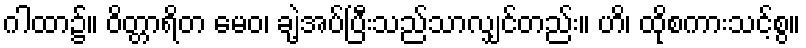
ဂါထာ၌။ ဝိတ္တာရိတ မေဝ၊ ချဲ့အပ်ပြီးသည်သာလျှင်တည်း။ ဟိ၊ ထိုစကားသင့်စွ။